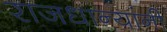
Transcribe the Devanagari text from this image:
राजधान्यांनी